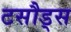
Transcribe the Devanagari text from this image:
टसौड्स